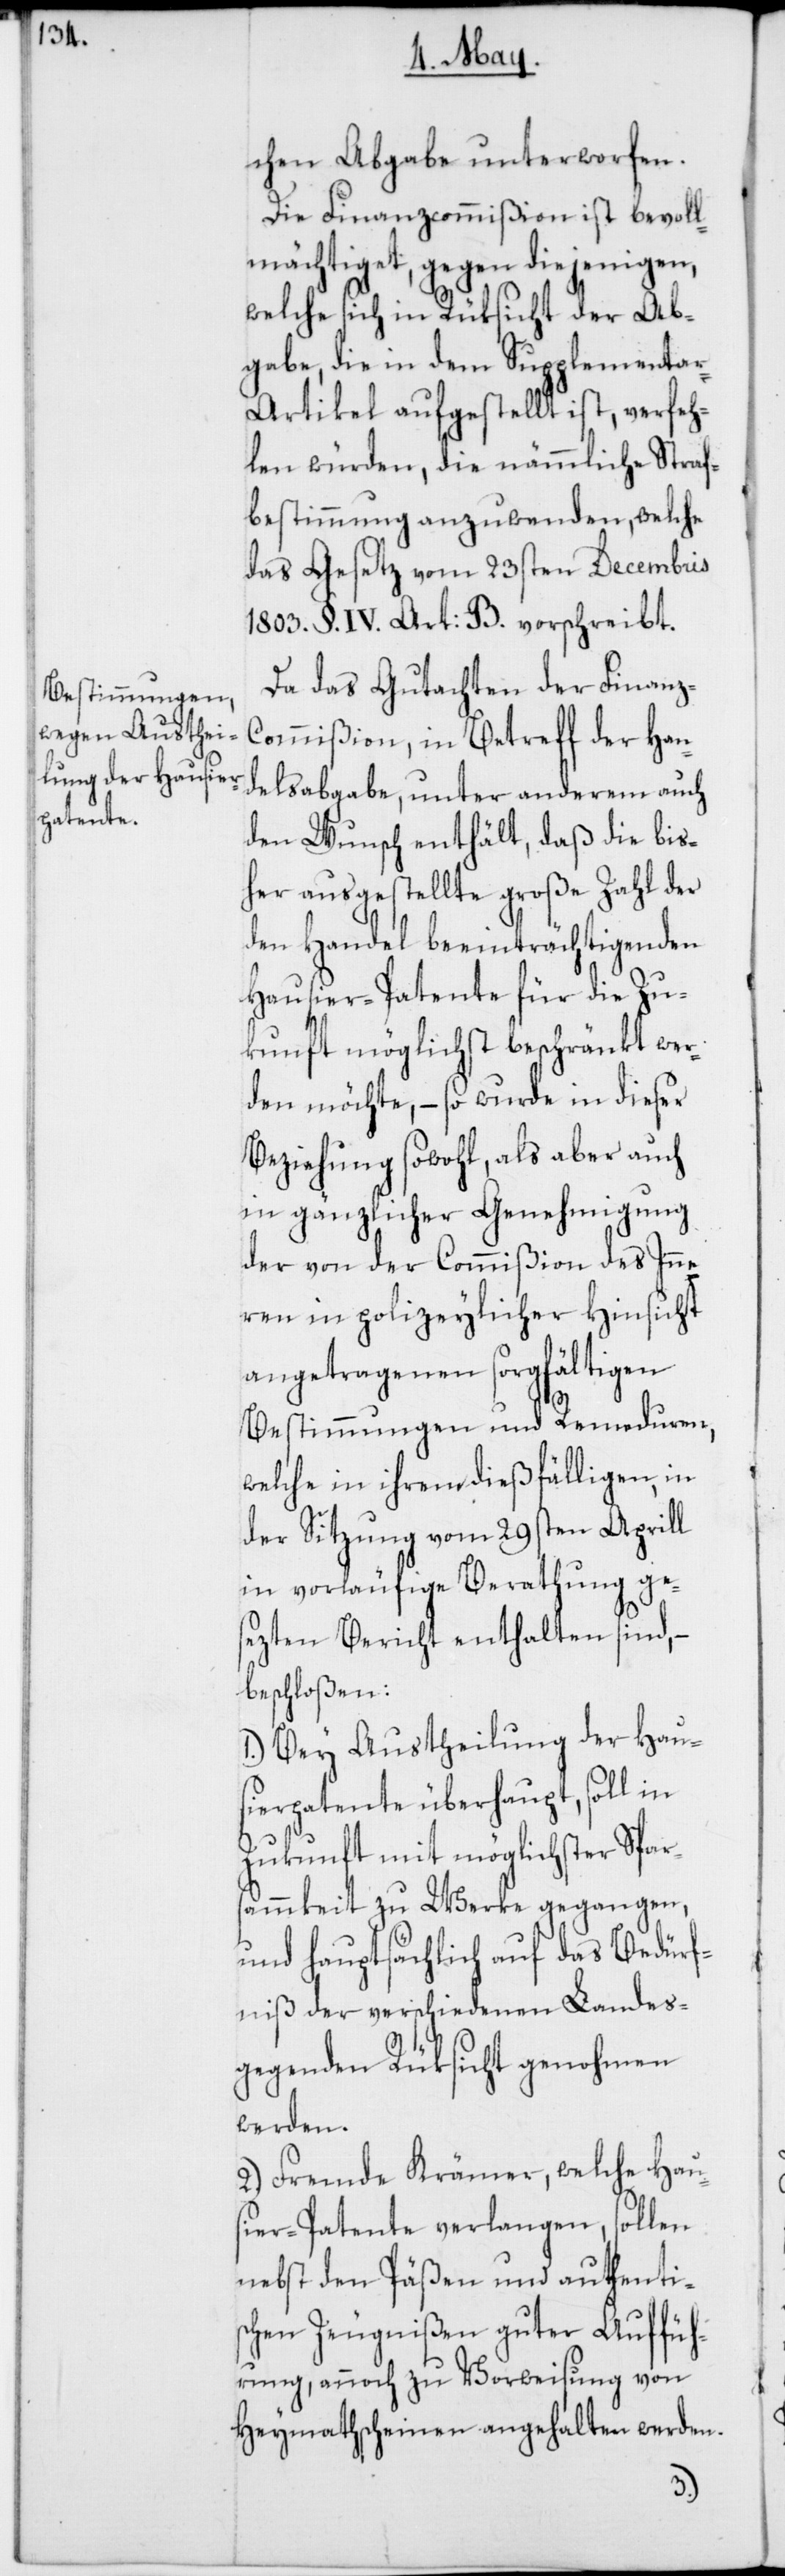
chen Abgabe unterworfen.
Die Finanzcommißion ist bevoll¬
mächtiget, gegen diejenigen,
welche sich in Rücksicht der Ab¬
gabe, die in dem Supplementa¬
r-Artikel aufgestellt ist, verfeh¬
len würden, die nämmliche Straf¬
bestimmung anzuwenden, welche
das Gesetz vom 23sten Decembris
1803., §. IV. Art: B. vorschreibt.
Da das Gutachten der Finanz-C¬
ommißion, in Betreff der Han¬
delsabgabe, unter anderem auch
den Wunsch enthält, daß die bis¬
her ausgestellte große Zahl der
den Handel beeinträchtigenden
Hausier-Patente für die Zu¬
kunft möglichst beschränkt wer¬
den möchte, – so wurde in dieser
Beziehung sowohl, als aber auch
in gänzlicher Genehmigung
der von der Commißion des Inne¬
ren in polizeylicher Hinsicht
angetragenen sorgfältigen
Bestimmungen und Remeduren,
welche in ihren dießfälligen, in
der Sitzung vom 29sten Aprill
in vorläufige Berathung ge¬
sezten Bericht enthalten sind, –
beschloßen:
1.) Bey Austheilung der Haus¬
ierpatente überhaupt, soll in
Zukunft mit möglichster Spar¬
sammkeit zu Werke gegangen,
und hauptsächlich auf das Bedürf¬
niß der verschiedenen Landes¬
gegenden Rüksicht genohmen
werden.
2.) Fremde Krämer, welche Haus¬
ier-Patente verlangen, sollen
nebst den Päßen und authenti¬
schen Zeugnißen guter Auffüh¬
rung, annoch zu Vorweisung von
Heymathscheinen angehalten werden.